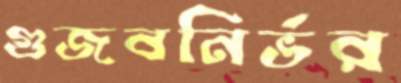
গুজবনির্ভর